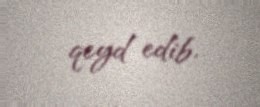
qeyd edib.